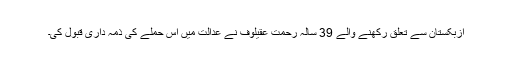
ازبکستان سے تعلق رکھنے والے 39 سالہ رحمت عقیلوف نے عدالت میں اس حملے کی ذمہ داری قبول کی۔